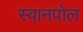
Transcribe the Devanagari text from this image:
स्वानपोल